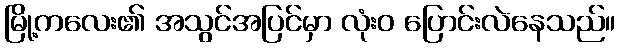
မြို့ကလေး၏ အသွင်အပြင်မှာ လုံးဝ ပြောင်းလဲနေသည်။